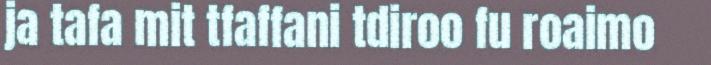
ja tafa mit tfaffani tdiroo fu roaimo